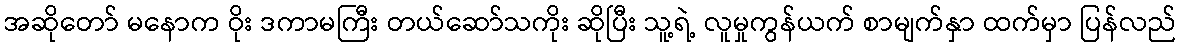
အဆိုတော် မနောက ဝိုး ဒကာမကြီး တယ်ဆော်သကိုး ဆိုပြီး သူ့ရဲ့ လူမှုကွန်ယက် စာမျက်နှာ ထက်မှာ ပြန်လည်